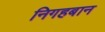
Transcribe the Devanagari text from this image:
निगहबान